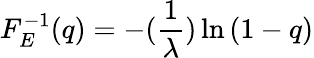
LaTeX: F_{E}^{-1}(q)=-(\frac{1}{\lambda})\ln{(1-q)}